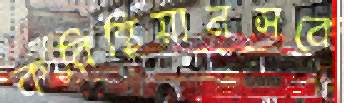
করিন্থিয়ানসকে